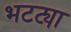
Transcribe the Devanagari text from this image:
भटट्या